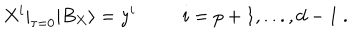
LaTeX: X ^ { i } | _ { \tau = 0 } | B _ { X } \rangle = y ^ { i } ~ i = p + 1 , . . . , d - 1 ~ .